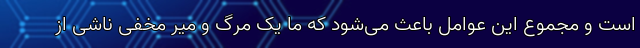
است و مجموع این عوامل باعث می‌شود که ما یک مرگ و میر مخفی ناشی از